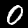
Label: 0